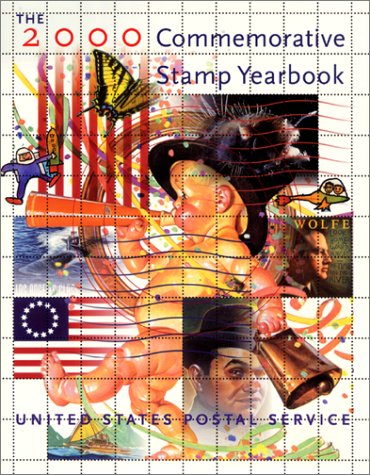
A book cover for The 2000 Commemorative Stamp Yearbook; The U.S. Postal Service; Crafts, Hobbies & Home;